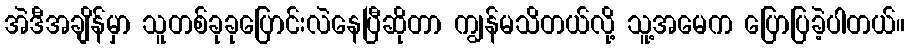
အဲဒီအချိန်မှာ သူတစ်ခုခုပြောင်းလဲနေပြီဆိုတာ ကျွန်မသိတယ်လို့ သူ့အမေက ပြောပြခဲ့ပါတယ်။